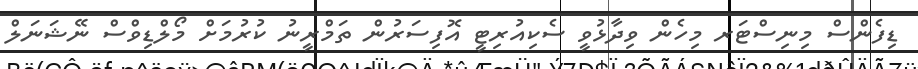
ޑިފެންސް މިނިސްޓަރ މިހެން ވިދާޅުވީ ސެކިއުރިޓީ އޮފިސަރުން ތަމްރީނު ކުރުމަށް މޯލްޑިވްސް ނޭޝަނަލް